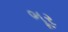
ભૂર